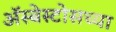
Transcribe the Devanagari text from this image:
ॲस्बेस्टोसच्या